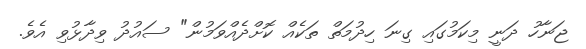
ޖަނާހު ދަނީ މިކަމުގައި ގިނަ ހިދުމަތް ތަކެއް ކޮށްދެއްވަމުން" ސައުދު ވިދާޅުވި އެވެ.